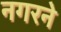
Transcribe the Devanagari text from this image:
नगरने